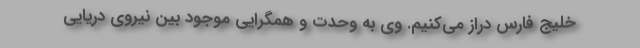
خلیج فارس دراز می‌کنیم. وی به وحدت و همگرایی موجود بین نیروی دریایی